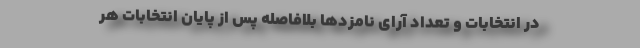
در انتخابات و تعداد آرای نامزدها بلافاصله پس از پایان انتخابات هر